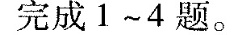
完成1~4题。